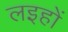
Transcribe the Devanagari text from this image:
लइहों